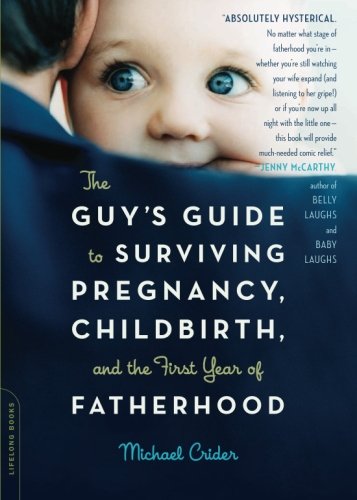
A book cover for The Guy's Guide to Surviving Pregnancy, Childbirth and the First Year of Fatherhood; Michael Crider; Humor & Entertainment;